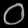
Digit: ၀